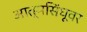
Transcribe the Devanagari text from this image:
आत्मसिंधूवर